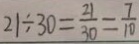
2 1 \div 3 0 = \frac { 2 1 } { 3 0 } = \frac { 7 } { 1 0 }